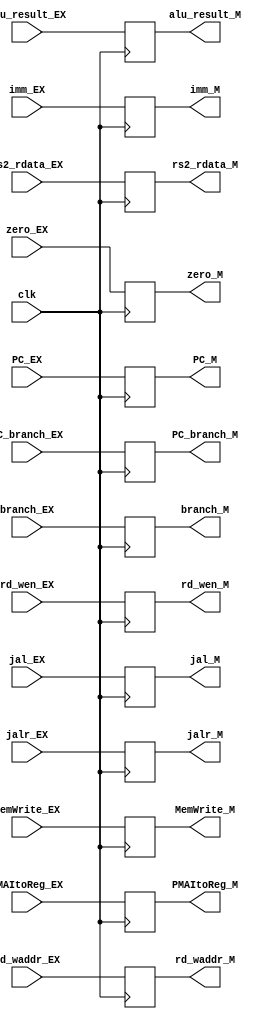
module EX_M(
    input clk,
    input [31:0] PC_EX,
    input [31:0] PC_branch_EX,
    input [31:0] imm_EX,
    input [31:0] rs2_rdata_EX,
    input [4:0] rd_waddr_EX,
    
    input zero_EX,
    input [31:0] alu_result_EX,

    input branch_EX,
    input MemWrite_EX,
    input jal_EX,
    input jalr_EX,

    input [1:0] PMAItoReg_EX,
    input rd_wen_EX,

    output reg [31:0] PC_M,
    output reg [31:0] PC_branch_M,
    output reg [31:0] imm_M,
    output reg [31:0] rs2_rdata_M,
    output reg [4:0] rd_waddr_M,
    
    output reg zero_M,
    output reg [31:0] alu_result_M,

    output reg branch_M,
    output reg MemWrite_M,
    output reg jal_M,
    output reg jalr_M,

    output reg [1:0] PMAItoReg_M,
    output reg rd_wen_M
);

always@(posedge clk) begin
    PC_M <= PC_EX;
    PC_branch_M <= PC_branch_EX;
    imm_M <= imm_EX;
    rs2_rdata_M <= rs2_rdata_EX;
    rd_waddr_M <= rd_waddr_EX;
    
    zero_M <= zero_EX;
    alu_result_M <= alu_result_EX;

    branch_M <= branch_EX;
    MemWrite_M <= MemWrite_EX;
    jal_M <= jal_EX;
    jalr_M <= jalr_EX;

    PMAItoReg_M <= PMAItoReg_EX;
    rd_wen_M <= rd_wen_EX;
end

endmodule